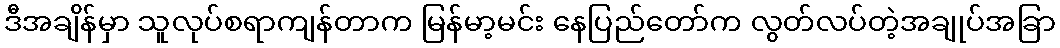
ဒီအချိန်မှာ သူလုပ်စရာကျန်တာက မြန်မာ့မင်း နေပြည်တော်က လွတ်လပ်တဲ့အချုပ်အခြာ